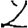
Digit: 2